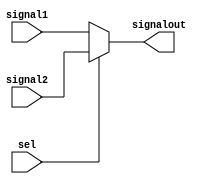
module addressmux(signalout,signal1,signal2,sel);
output reg [7:0]signalout; 
input wire [7:0]signal1,signal2;
input wire sel;
always @(signal1 or signal2 or sel)
begin
if (sel==0)
signalout = signal1;
else if (sel==1)
signalout = signal2;
else
signalout = 1'bx;
end
endmodule